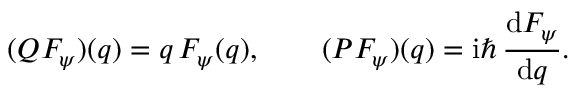
( Q F _ { \psi } ) ( q ) = q \, F _ { \psi } ( q ) , \qquad ( P F _ { \psi } ) ( q ) = \mathrm { i } \hbar \, { \frac { \mathrm { d } F _ { \psi } } { \mathrm { d } q } } .